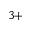
^ { 3 + }